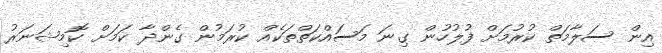
އިން ސަލާމަތް ކުރުމަށް ފުލުހުން ގިނަ މަސައްކަތްތަކެއް ކުރަމުން ގެންދާ ކަމަށް ކޮމިޝަނަރު